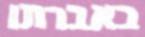
באברתו